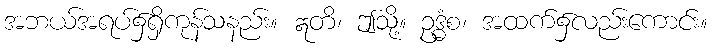
အဘယ်အရပ်၌ရှိကုန်သနည်း။ ဣတိ၊ ဤသို့။ ဥဒ္ဓံစ၊ အထက်၌လည်းကောင်း။